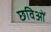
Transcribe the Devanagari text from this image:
छविओं